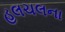
હલચલના